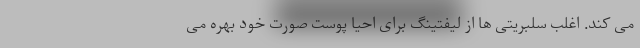
می کند. اغلب سلبریتی ها از لیفتینگ برای احیا پوست صورت خود بهره می